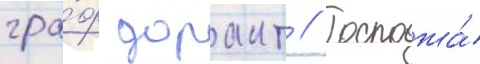
гра́ф дорант // Госпожа́